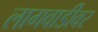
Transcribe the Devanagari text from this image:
लागवाडीवर